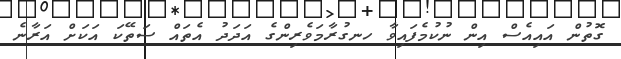
ގޮތުން އައިއެސް އިން ނުކުމެފައިވާ ހނގުރާމަވެރިންގެ އަދަދު އެތައް ސަތޭކަ އަކަށް އަރާނެ